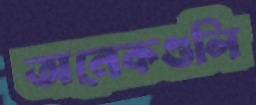
অনেকগুলি